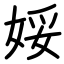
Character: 娞